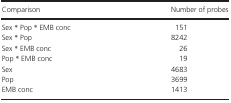
<table><thead><tr><td><b>Comparison</b></td><td><b>Number of probes</b></td></tr></thead><tbody><tr><td>Sex <sup>*</sup> Pop <sup>*</sup> EMB conc</td><td>151</td></tr><tr><td>Sex <sup>*</sup> Pop</td><td>8242</td></tr><tr><td>Sex <sup>*</sup> EMB conc</td><td>26</td></tr><tr><td>Pop <sup>*</sup> EMB conc</td><td>19</td></tr><tr><td>Sex</td><td>4683</td></tr><tr><td>Pop</td><td>3699</td></tr><tr><td>EMB conc</td><td>1413</td></tr></tbody></table>